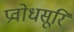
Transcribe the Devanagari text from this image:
प्रवोधसूरि